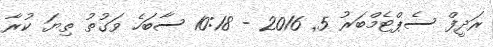
ރަދީފް ސެޕްޓެމްބަރު 5